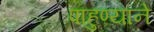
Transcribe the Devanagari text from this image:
पाहुण्याने